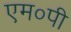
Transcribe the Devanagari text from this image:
एम०पी